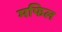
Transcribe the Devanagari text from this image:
मफिल